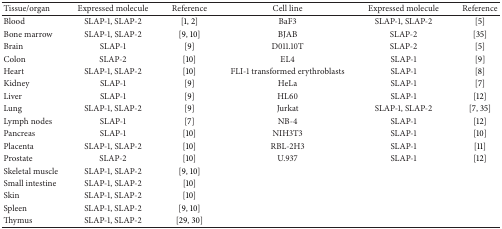
<table><thead><tr><td><b>Tissue/organ</b></td><td><b>Expressed molecule</b></td><td><b>Reference</b></td><td><b>Cell line</b></td><td><b>Expressed molecule</b></td><td><b>Reference</b></td></tr></thead><tbody><tr><td>Blood</td><td>SLAP-1, SLAP-2</td><td>[1, 2]</td><td>BaF3</td><td>SLAP-1, SLAP-2</td><td>[5]</td></tr><tr><td>Bone marrow</td><td>SLAP-1, SLAP-2</td><td>[9, 10]</td><td>BJAB</td><td>SLAP-2</td><td>[35]</td></tr><tr><td>Brain</td><td>SLAP-1</td><td>[9]</td><td>D011.10T</td><td>SLAP-2</td><td>[5]</td></tr><tr><td>Colon</td><td>SLAP-2</td><td>[10]</td><td>EL4</td><td>SLAP-1</td><td>[9]</td></tr><tr><td>Heart</td><td>SLAP-1, SLAP-2</td><td>[10]</td><td>FLI-1 transformed erythroblasts</td><td>SLAP-1</td><td>[8]</td></tr><tr><td>Kidney</td><td>SLAP-1</td><td>[9]</td><td>HeLa</td><td>SLAP-1</td><td>[7]</td></tr><tr><td>Liver</td><td>SLAP-1</td><td>[9]</td><td>HL60</td><td>SLAP-1</td><td>[12]</td></tr><tr><td>Lung</td><td>SLAP-1, SLAP-2</td><td>[9]</td><td>Jurkat</td><td>SLAP-1, SLAP-2</td><td>[7, 35]</td></tr><tr><td>Lymph nodes</td><td>SLAP-1</td><td>[7]</td><td>NB-4</td><td>SLAP-1</td><td>[12]</td></tr><tr><td>Pancreas</td><td>SLAP-1</td><td>[10]</td><td>NIH3T3</td><td>SLAP-1</td><td>[10]</td></tr><tr><td>Placenta</td><td>SLAP-1, SLAP-2</td><td>[10]</td><td>RBL-2H3</td><td>SLAP-1</td><td>[11]</td></tr><tr><td>Prostate</td><td>SLAP-2</td><td>[10]</td><td>U.937</td><td>SLAP-1</td><td>[12]</td></tr><tr><td>Skeletal muscle</td><td>SLAP-1, SLAP-2</td><td>[9, 10]</td><td> </td><td> </td><td> </td></tr><tr><td>Small intestine</td><td>SLAP-1, SLAP-2</td><td>[10]</td><td> </td><td> </td><td> </td></tr><tr><td>Skin</td><td>SLAP-1, SLAP-2</td><td>[10]</td><td> </td><td> </td><td> </td></tr><tr><td>Spleen</td><td>SLAP-1, SLAP-2</td><td>[9, 10]</td><td> </td><td> </td><td> </td></tr><tr><td>Thymus</td><td>SLAP-1, SLAP-2</td><td>[29, 30]</td><td> </td><td> </td><td> </td></tr></tbody></table>